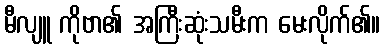
မီလျူ ကိုဗာ၏ အကြီးဆုံးသမီးက မေးလိုက်၏။